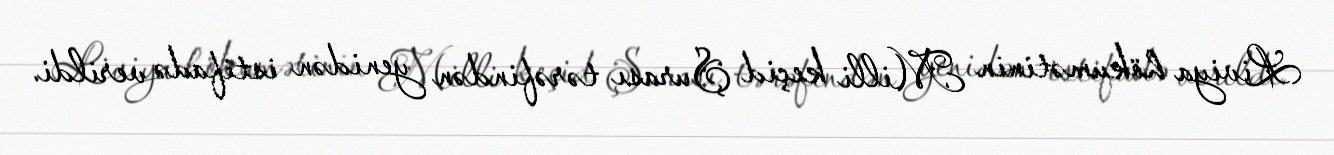
Liviya hökumətinin Milli keçid Şurası tərəfindən yenidən istifadə verildi.